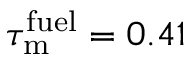
\tau _ { \mathrm { m } } ^ { \mathrm { f u e l } } = 0 . 4 1